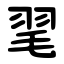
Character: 毣